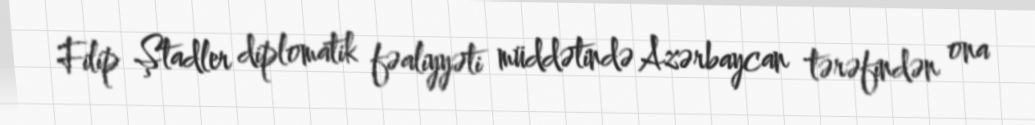
Filip Ştadler diplomatik fəaliyyəti müddətində Azərbaycan tərəfindən ona